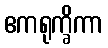
ဧကရုက္ခိကာ